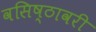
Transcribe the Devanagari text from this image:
वसिष्ठावरी